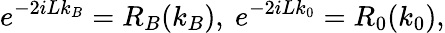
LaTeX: e^{-2iLk_{B}}=R_{B}(k_{B}),\ e^{-2iLk_{0}}=R_{0}(k_{0}),